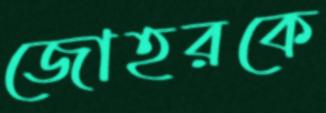
জোহরকে